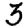
Digit: 3